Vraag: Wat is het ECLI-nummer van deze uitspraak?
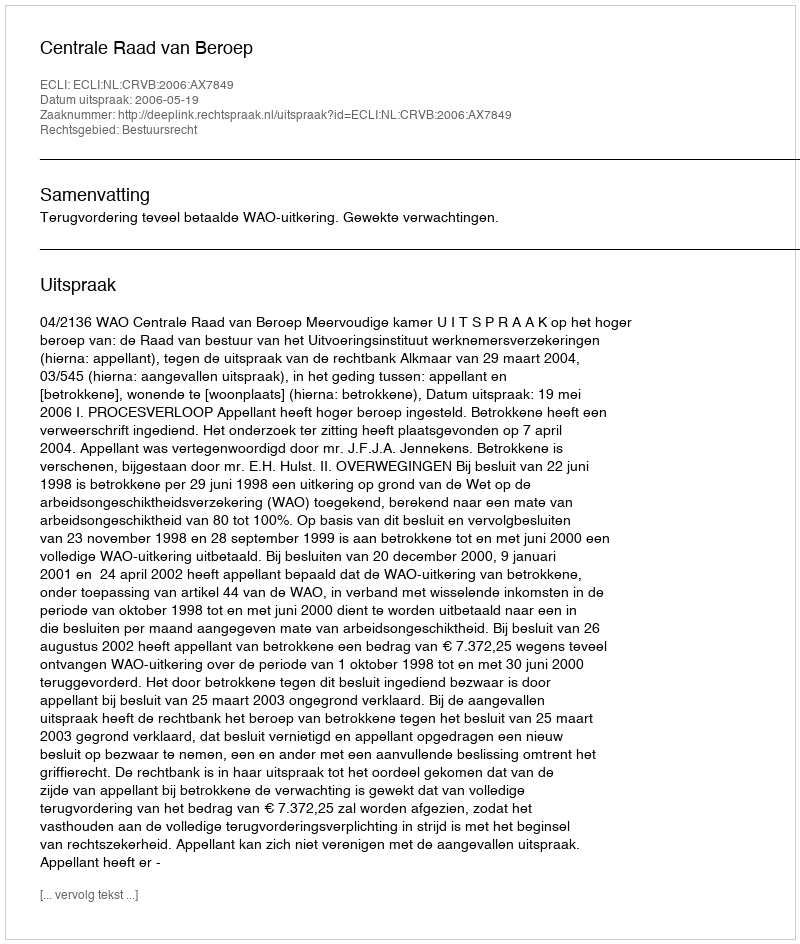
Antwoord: ECLI:NL:CRVB:2006:AX7849